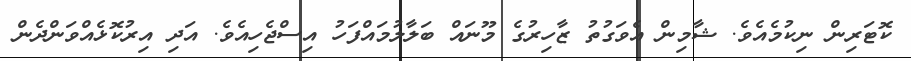
ކޮޓަރިން ނިކުމެއެވެ. ޝާމިން އެވަގުތު ޒާހިރުގެ މޫނައް ބަލާލުމައްފަހު އިސްޖެހިއެވެ. އަދި އިރުކޮޅެއްވަންދެން